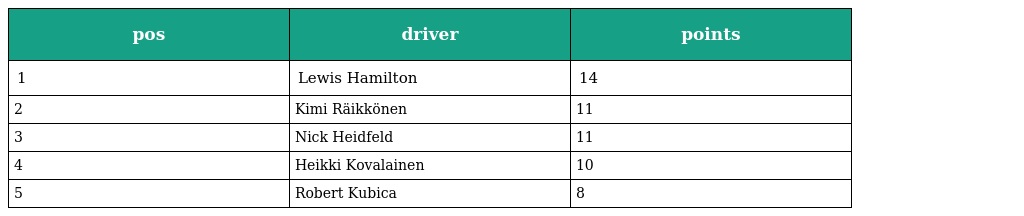
| pos | driver | points |
 | --- | --- | --- |
 | 1 | Lewis Hamilton | 14 |
 | 2 | Kimi Räikkönen | 11 |
 | 3 | Nick Heidfeld | 11 |
 | 4 | Heikki Kovalainen | 10 |
 | 5 | Robert Kubica | 8 |